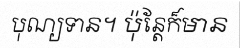
បុណ្យទាន។ ប៉ុន្តែក៏មាន